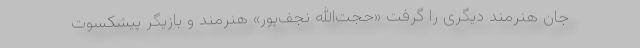
جان هنرمند دیگری را گرفت «حجت‌الله نجف‌پور» هنرمند و بازیگر پیشکسوت